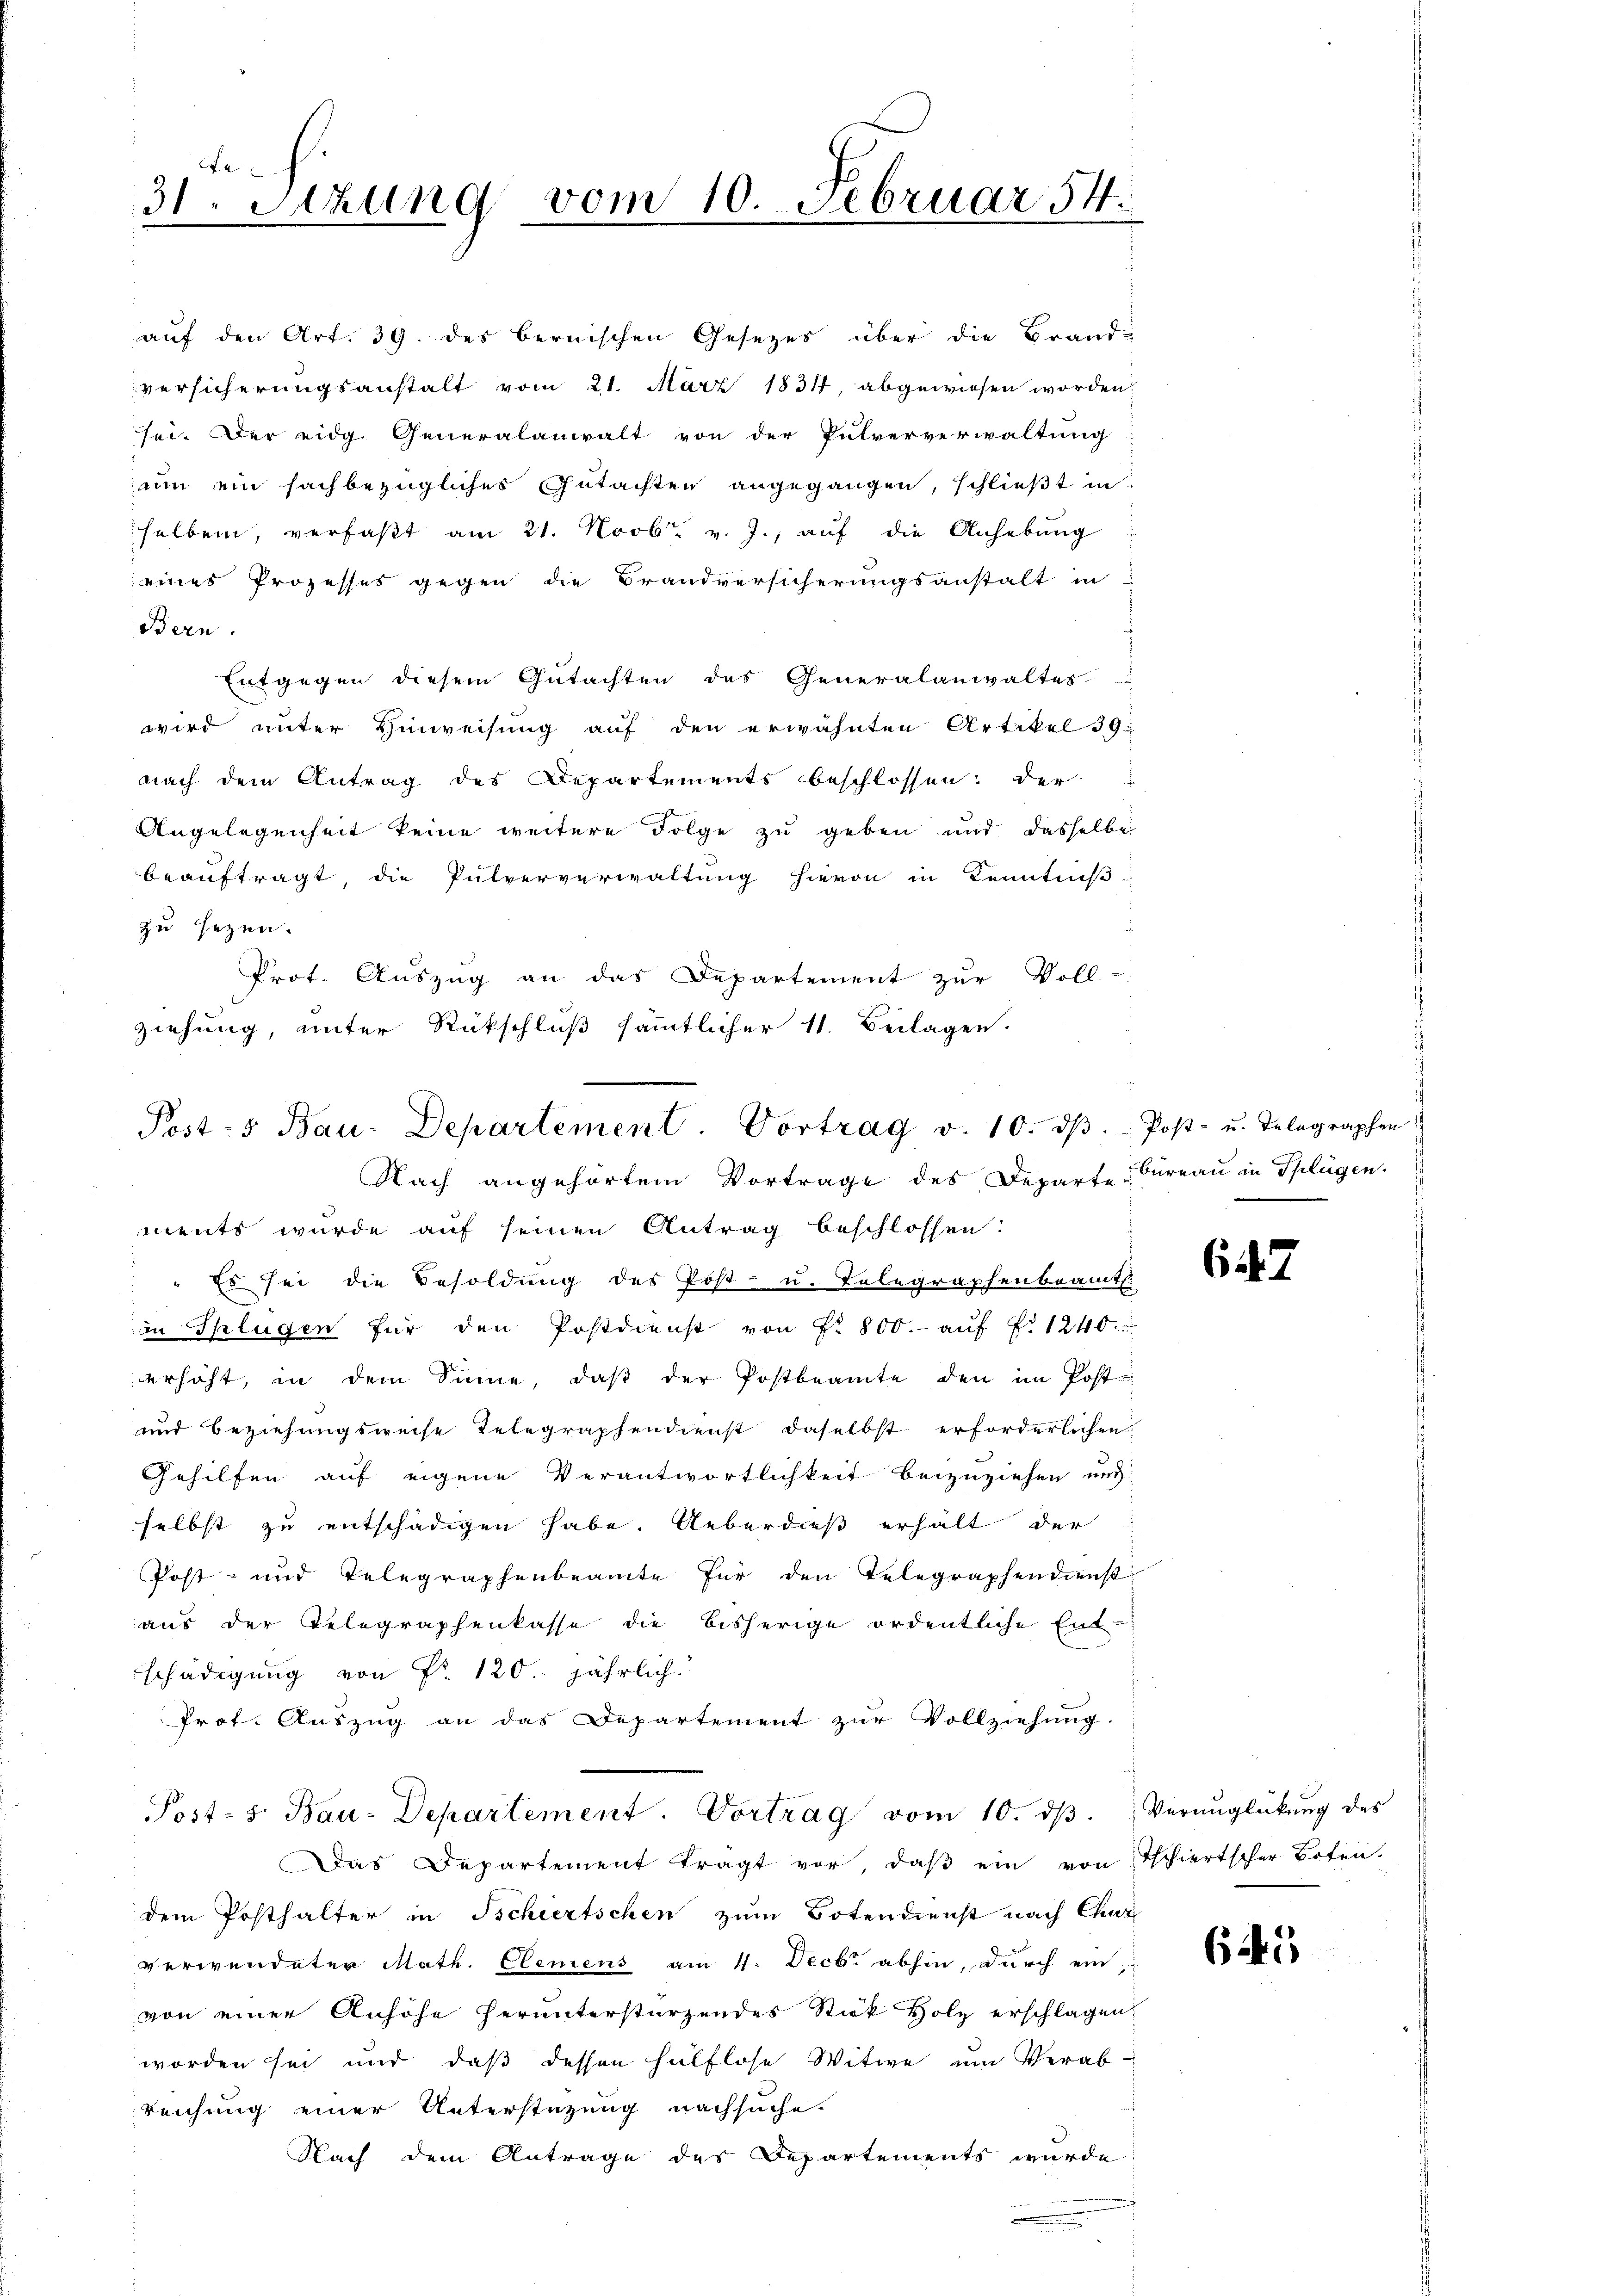
31. Setzung vom 10. Februar 54.

auf den Art. 39. des bernischen Gesezes über die Brand-
versicherungsanstalt vom 21. März 1834, abgewiesen worden.
sei. Der eidg. Generalanwalt von der Putververwaltung
um ein sachbezügliches Gutachten angegangen, schlieβt in
helben, verfaßt am 21. Novbr. v. J., auf die Anhebung
eines Prozesses gegen die Brandversicherungsanstalt in
Bern.
Entgegen diesem Gutachten des Generalanwaltes
wird unter Hinweisung auf den erwähnten Artikel 39.
nach dem Antrag des Departements beschlossen: Der
Angelegenheit keine weitere Folge zu geben und dasselbe
beauftragt, die Pulververwaltung hievon in Kenntniß
zu sezen.
Prot. Auszug an das Departement zur Voll-
ziehung, unter Rückschluß sämmtlicher 11. Beilagen.
Nach angehörtem Vortrage des Departe Bureau in Splügen.
ments wurde auf seinen Antrag beschlossen:
" Es sei die Besoldung des Post- u. Telegraphenbeamt
in Splügen für den Postdienst von Nr. 800.- aŭf f. 1240.
erhöht, in dem Sinne, daβ der Postbeamte den im Post-
und Beziehungsweise Telegraphendienst daselbst erforderlichen
Gehilfen auf eigene Verantwortlichkeit beizuziehen und
selbst zu entschädigen habe. Ueberdieß erhält der
Post- und Telegraphenbeamte für den Telegraphendienst
aus der Telegraphenkasse die bisherige ordentliche Ent-
schädigung von Nr. 120. jährlich
Prof. Auszug an das Departement zur Vollziehung.
Post- 5. Bau-Departement. Vortrag vom 10. dβ. Verunglückung des
Das Departement trägt vor, daß ein von Tschiertscher Boten.
dem Posthalter in Tschiertschen zum Botendienst nach Chur
verwendeter Math. Clemens am 4. Decbr. abhin, durch ein
von einer Anhöhe herunterstürzendes Stick Holz erschlagen.
worden sei und daß dessen hülflose Witwe um Verab-
reichung einer Unterstüzung nachsuche.
Nach dem Antrage des Departements wurde

Post- & Bau-Departement. Vortrag v. 10. dβ. Post- u. Telegraphen

647.

645